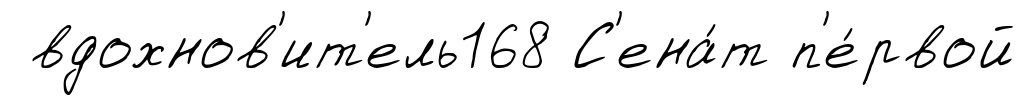
вдохнов'ит'ель168 С'ена́т п'е́рвой